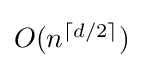
{\textstyle O(n^{\lceil d/2\rceil })}